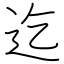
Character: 迄